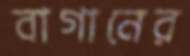
বাগানের